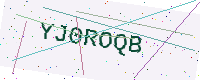
Text: YJ0ROQB